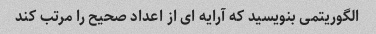
الگوریتمی بنویسید که آرایه ای از اعداد صحیح را مرتب کند